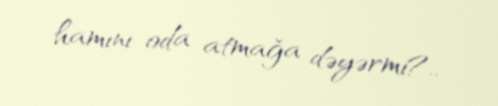
hamını oda atmağa dəyərmi?..